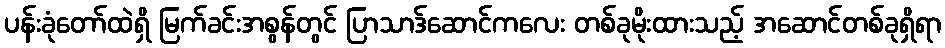
ပန်းခုံတော်ထဲရှိ မြက်ခင်းအစွန်တွင် ပြာသာဒ်ဆောင်ကလေး တစ်ခုမိုးထားသည့် အဆောင်တစ်ခုရှိရာ